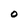
Character: 0